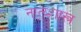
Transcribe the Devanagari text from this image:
नात्य्शास्त्र